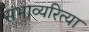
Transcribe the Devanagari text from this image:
संभाव्यरित्या